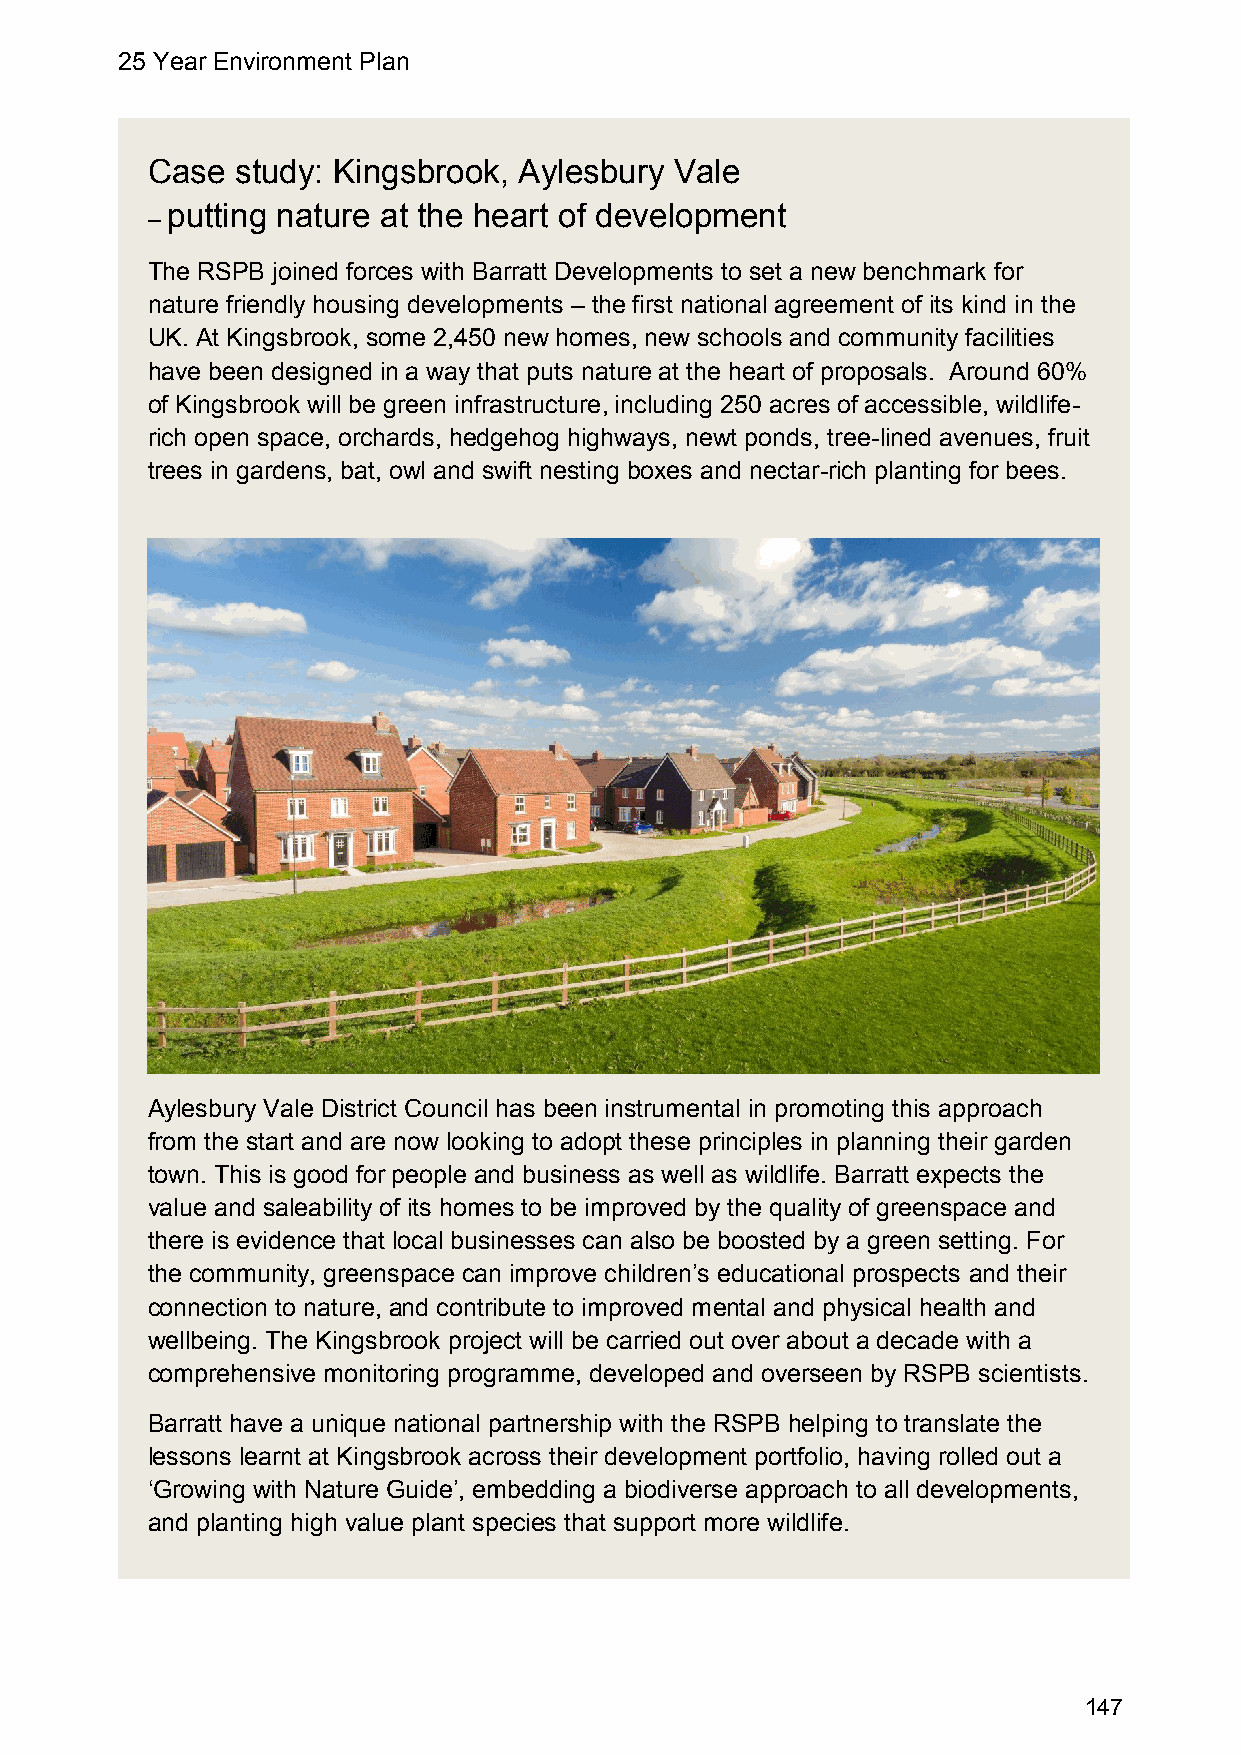
25 Year Environment Plan
 Case  study: Kingsbrook, Aylesbury Vale
 putting nature at the heart of development
 –
 The RSPB joined forces with Barratt Developments to set a new benchmark for
 nature friendly housing developments – the first national agreement of its kind in the
 UK. At Kingsbrook, some 2,450 new homes, new schools and community facilities
 have been designed in a way that puts nature at the heart of proposals. Around 60%
 of Kingsbrook will be green infrastructure, including 250 acres of accessible, wildlife-
 rich open space, orchards, hedgehog highways, newt ponds, tree-lined avenues, fruit
 trees in gardens, bat, owl and swift nesting boxes and nectar-rich planting for bees.
 Aylesbury Vale District Council has been instrumental in promoting this approach
 from the start and are now looking to adopt these principles in planning their garden
 town. This is good for people and business as well as wildlife. Barratt expects the
 value and saleability of its homes to be improved by the quality of greenspace and
 there is evidence that local businesses can also be boosted by a green setting. For
 the community, greenspace can improve children’s educational prospects and their
 connection to nature, and contribute to improved mental and physical health and
 wellbeing. The Kingsbrook project will be carried out over about a decade with a
 comprehensive monitoring programme, developed and overseen by RSPB scientists.
 Barratt have a unique national partnership with the RSPB helping to translate the
 lessons learnt at Kingsbrook across their development portfolio, having rolled out a
 ‘Growing with Nature Guide’, embedding a biodiverse approach to all developments,
 and planting high value plant species that support more wildlife.
 147